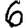
Digit: 6